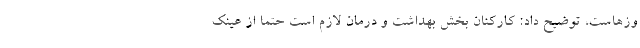
وزهاست، توضیح داد: کارکنان بخش بهداشت و درمان لازم است حتماً از عینک